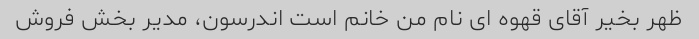
ظهر بخیر آقای قهوه ای نام من خانم است اندرسون، مدیر بخش فروش